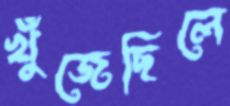
খুঁজেছিলে